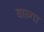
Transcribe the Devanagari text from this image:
वाल्गा